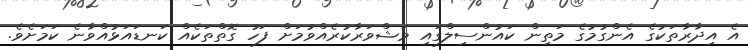
އެ އިދާރާތަކުގެ އެންގުމުގެ މަތިން ކައުންސިލްގައި މަޝްވަރާކުރެއްވުމަށް ފަހު ގޮތްތަކެއް ކަނޑައަޅުއްވާނެ ކަމަށެވެ.